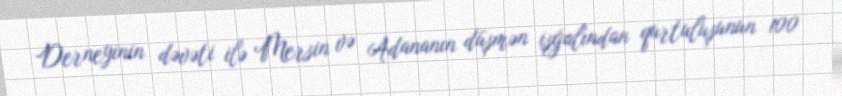
Derneyinin dəvəti ilə Mersin və Adananın düşmən işğalından qurtuluşunun 100